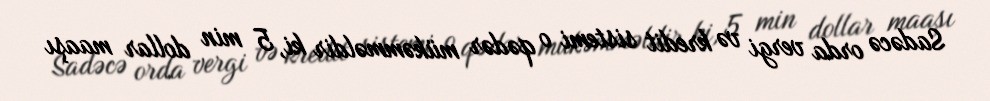
Sadəcə orda vergi və kredit sistemi o qədər mükəmməldir ki, 5 min dollar maaşı